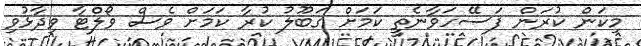
މިކަން ކުރަން ފަސޭހަވާނެތީ ކަމަށް ގަބޫލު ކުރާ ކަމަށް ވެސް ވޯލްޓާ ވިދާޅުވި